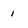
Character: 1